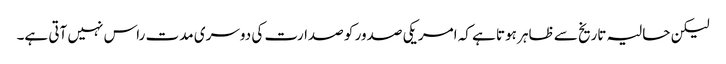
لیکن حالیہ تاریخ سے ظاہر ہوتا ہے کہ امریکی صدور کو صدارت کی دوسری مدت راس نہیں آتی ہے۔